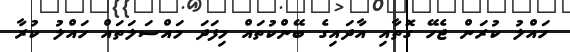
ހައްލު ކުރަން ޖެހޭ ގޮތާއި އާދައިގެ ބޭންކުތައް މިފަދަ މައްސަލަތައް ހައްލު ކުރާ